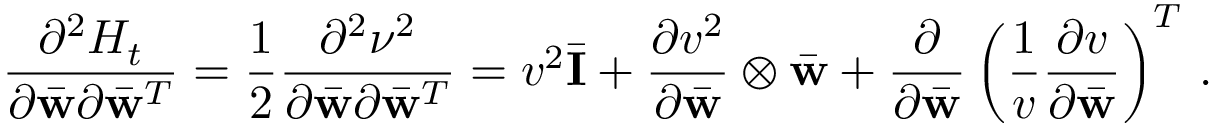
\frac { \partial ^ { 2 } { \cal H } _ { t } } { \partial \bar { \bf w } \partial \bar { \bf w } ^ { T } } = \frac { 1 } { 2 } \frac { \partial ^ { 2 } \nu ^ { 2 } } { \partial \bar { \bf w } \partial \bar { \bf w } ^ { T } } = v ^ { 2 } \bar { \bf I } + \frac { \partial v ^ { 2 } } { \partial \bar { \bf w } } \otimes \bar { \bf w } + \frac { \partial } { \partial \bar { \bf w } } \left( \frac { 1 } { v } \frac { \partial v } { \partial \bar { \bf w } } \right) ^ { T } \, .